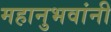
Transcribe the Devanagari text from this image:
महानुभवांनी